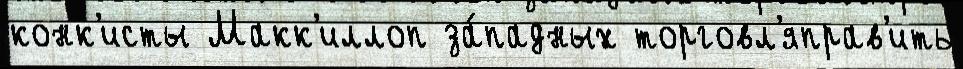
конк'исты Макк'иллоп за́падных торговл'яправ'ить